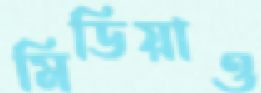
মিডিয়াও